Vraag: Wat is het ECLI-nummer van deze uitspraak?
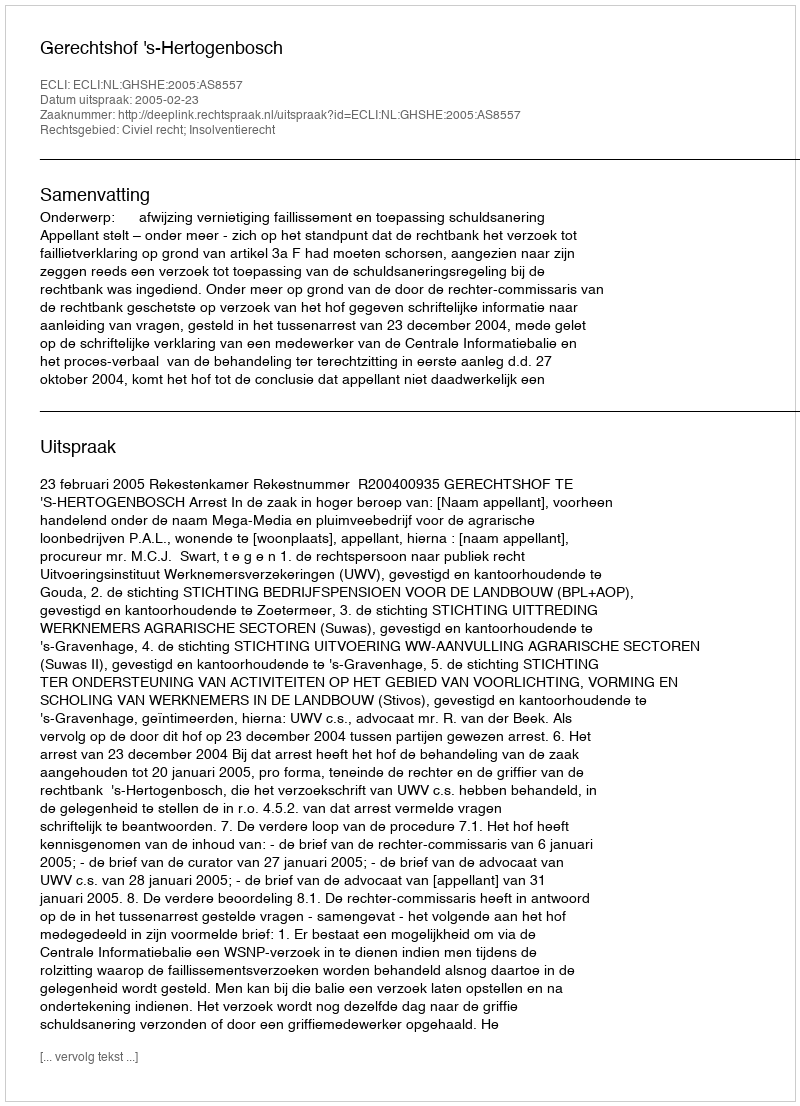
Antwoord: ECLI:NL:GHSHE:2005:AS8557